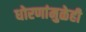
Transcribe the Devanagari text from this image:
धोरणांमुळेही